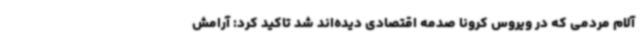
آلام مردمی که در ویروس کرونا صدمه اقتصادی دیده‌اند شد تاکید کرد: آرامش